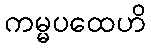
ကမ္မပထေဟိ